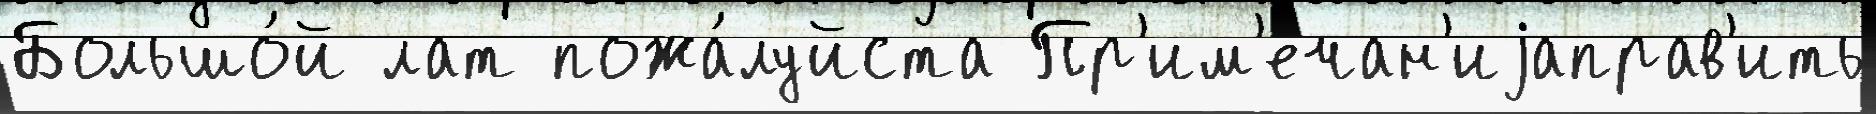
Большо́й лат пожа́луйста Пр'им'ечан'иjаправ'ить